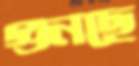
গুনছে